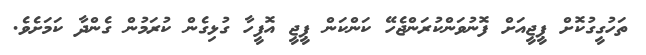
ތަހުގީގުކޮށް ޕީޖީއަށް ފޮނުވަންކުރަންޖެހޭ ކަންކަން ޕީޖީ އޮފީހާ ގުޅިގެން ކުރަމުން ގެންދާ ކަމަށެވެ.